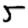
Digit: 5